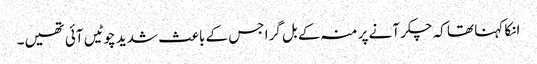
انکا کہنا تھا کہ چکر آنے پر منہ کے بل گرا جس کے باعث شدید چوٹیں آئی تھیں۔